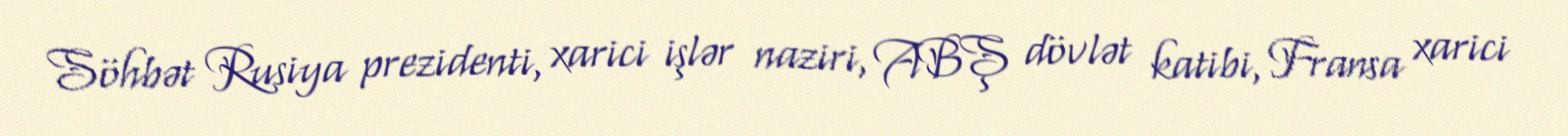
Söhbət Rusiya prezidenti, xarici işlər naziri, ABŞ dövlət katibi, Fransa xarici